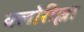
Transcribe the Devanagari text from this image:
क्लोरील्ला